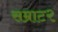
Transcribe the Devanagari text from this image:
सम्राट२